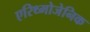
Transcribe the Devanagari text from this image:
एरिथ्मोजेनिक